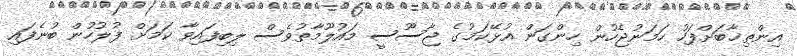
އިންތިޚާބަށްފަހު ހަމަނުޖެހުން ހިންގަން އުޅޭކަމުގެ ޖާސޫސީ މައުލޫމާތުވެސް ލިބިފައިވާ ކަމަށް ފުލުހުން ބުނެފައި